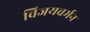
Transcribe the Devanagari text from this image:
विजयवर्मन